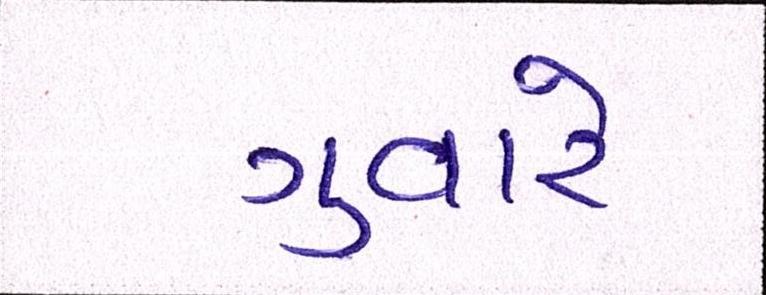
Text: ગુવારે